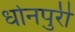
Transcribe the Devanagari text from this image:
धोनपुरी